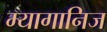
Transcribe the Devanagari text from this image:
म्यागानिज